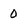
Character: 0